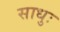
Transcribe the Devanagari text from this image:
साधुः